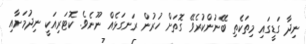
ނިދާ ގަޑީގައި މިތަކެތި ބޭނުންކުރެވޭ ގޮތަށް ހުރުން ރަނގަޅެއް ނޫނެވެ. ކޮޓަރިއަކީ ނިދުމަށާއި